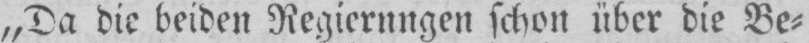
„Da die beiden Regierungen schon über die Be⸗